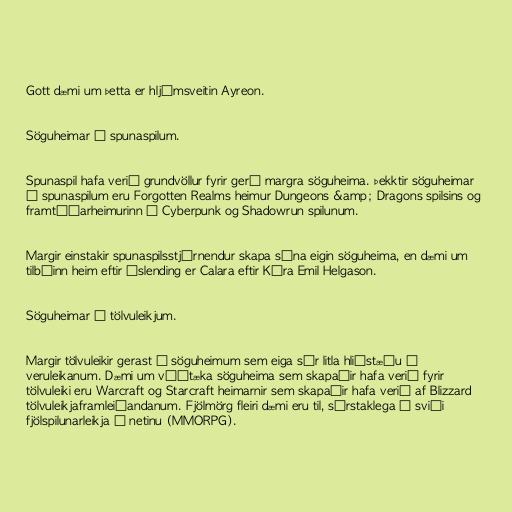
Gott dæmi um þetta er hljómsveitin Ayreon.

Söguheimar í spunaspilum.

Spunaspil hafa verið grundvöllur fyrir gerð margra söguheima. Þekktir söguheimar
í spunaspilum eru Forgotten Realms heimur Dungeons &amp; Dragons spilsins og
framtíðarheimurinn í Cyberpunk og Shadowrun spilunum.

Margir einstakir spunaspilsstjórnendur skapa sína eigin söguheima, en dæmi um
tilbúinn heim eftir Íslending er Calara eftir Kára Emil Helgason.

Söguheimar í tölvuleikjum.

Margir tölvuleikir gerast í söguheimum sem eiga sér litla hliðstæðu í
veruleikanum. Dæmi um víðtæka söguheima sem skapaðir hafa verið fyrir
tölvuleiki eru Warcraft og Starcraft heimarnir sem skapaðir hafa verið af Blizzard
tölvuleikjaframleiðandanum. Fjölmörg fleiri dæmi eru til, sérstaklega á sviði
fjölspilunarleikja á netinu (MMORPG).